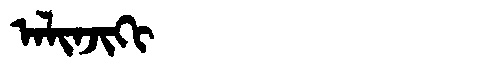
Manchu: ᠠᠯᡳᠨᠵᡳᡴᡳ
Romanization: ALINJIKI